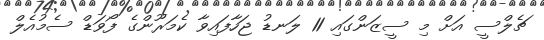
ޗެލްސީ އަށް މި ސީޒަންގައި 11 ލަނޑު ޖަހާފައިވާ ކެމަރޫންގެ ފޯވަޑް ސެމުއެލް